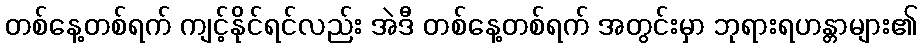
တစ်နေ့တစ်ရက် ကျင့်နိုင်ရင်လည်း အဲဒီ တစ်နေ့တစ်ရက် အတွင်းမှာ ဘုရားရဟန္တာများ၏